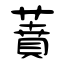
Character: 蕡